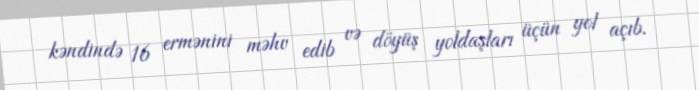
kəndində 16 ermənini məhv edib və döyüş yoldaşları üçün yol açıb.